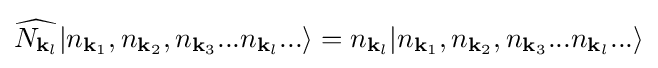
{\widehat {N_{{\mathbf {k} }_{l}}}}|n_{{\mathbf {k} }_{1}},n_{{\mathbf {k} }_{2}},n_{{\mathbf {k} }_{3}}...n_{{\mathbf {k} }_{l}}...\rangle =n_{{\mathbf {k} }_{l}}|n_{{\mathbf {k} }_{1}},n_{{\mathbf {k} }_{2}},n_{{\mathbf {k} }_{3}}...n_{{\mathbf {k} }_{l}}...\rangle